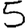
Digit: 5